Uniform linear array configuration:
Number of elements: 32
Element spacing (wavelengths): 0.5
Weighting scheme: binomial
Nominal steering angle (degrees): -30
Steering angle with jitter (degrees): -30.859
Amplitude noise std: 0.05
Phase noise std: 0.05

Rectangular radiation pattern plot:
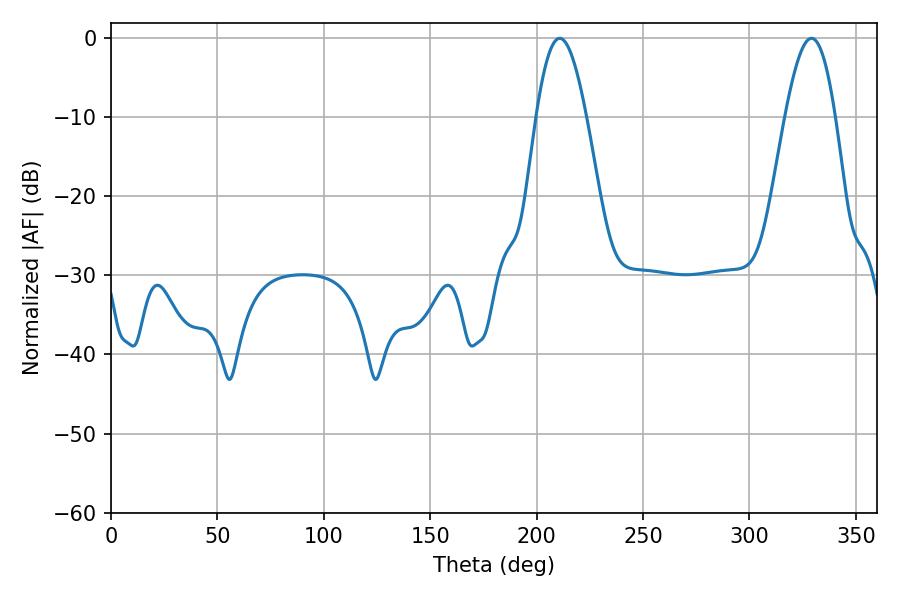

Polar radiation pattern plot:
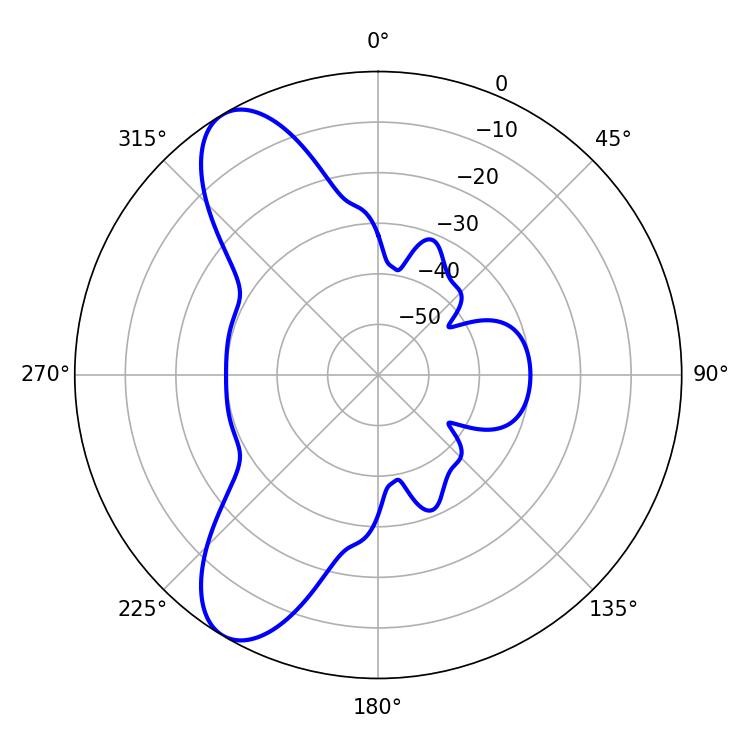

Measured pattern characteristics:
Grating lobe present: FALSE
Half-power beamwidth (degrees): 12.78
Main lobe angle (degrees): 210.78